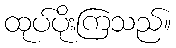
ထုပ်ပိုးကြသည်။